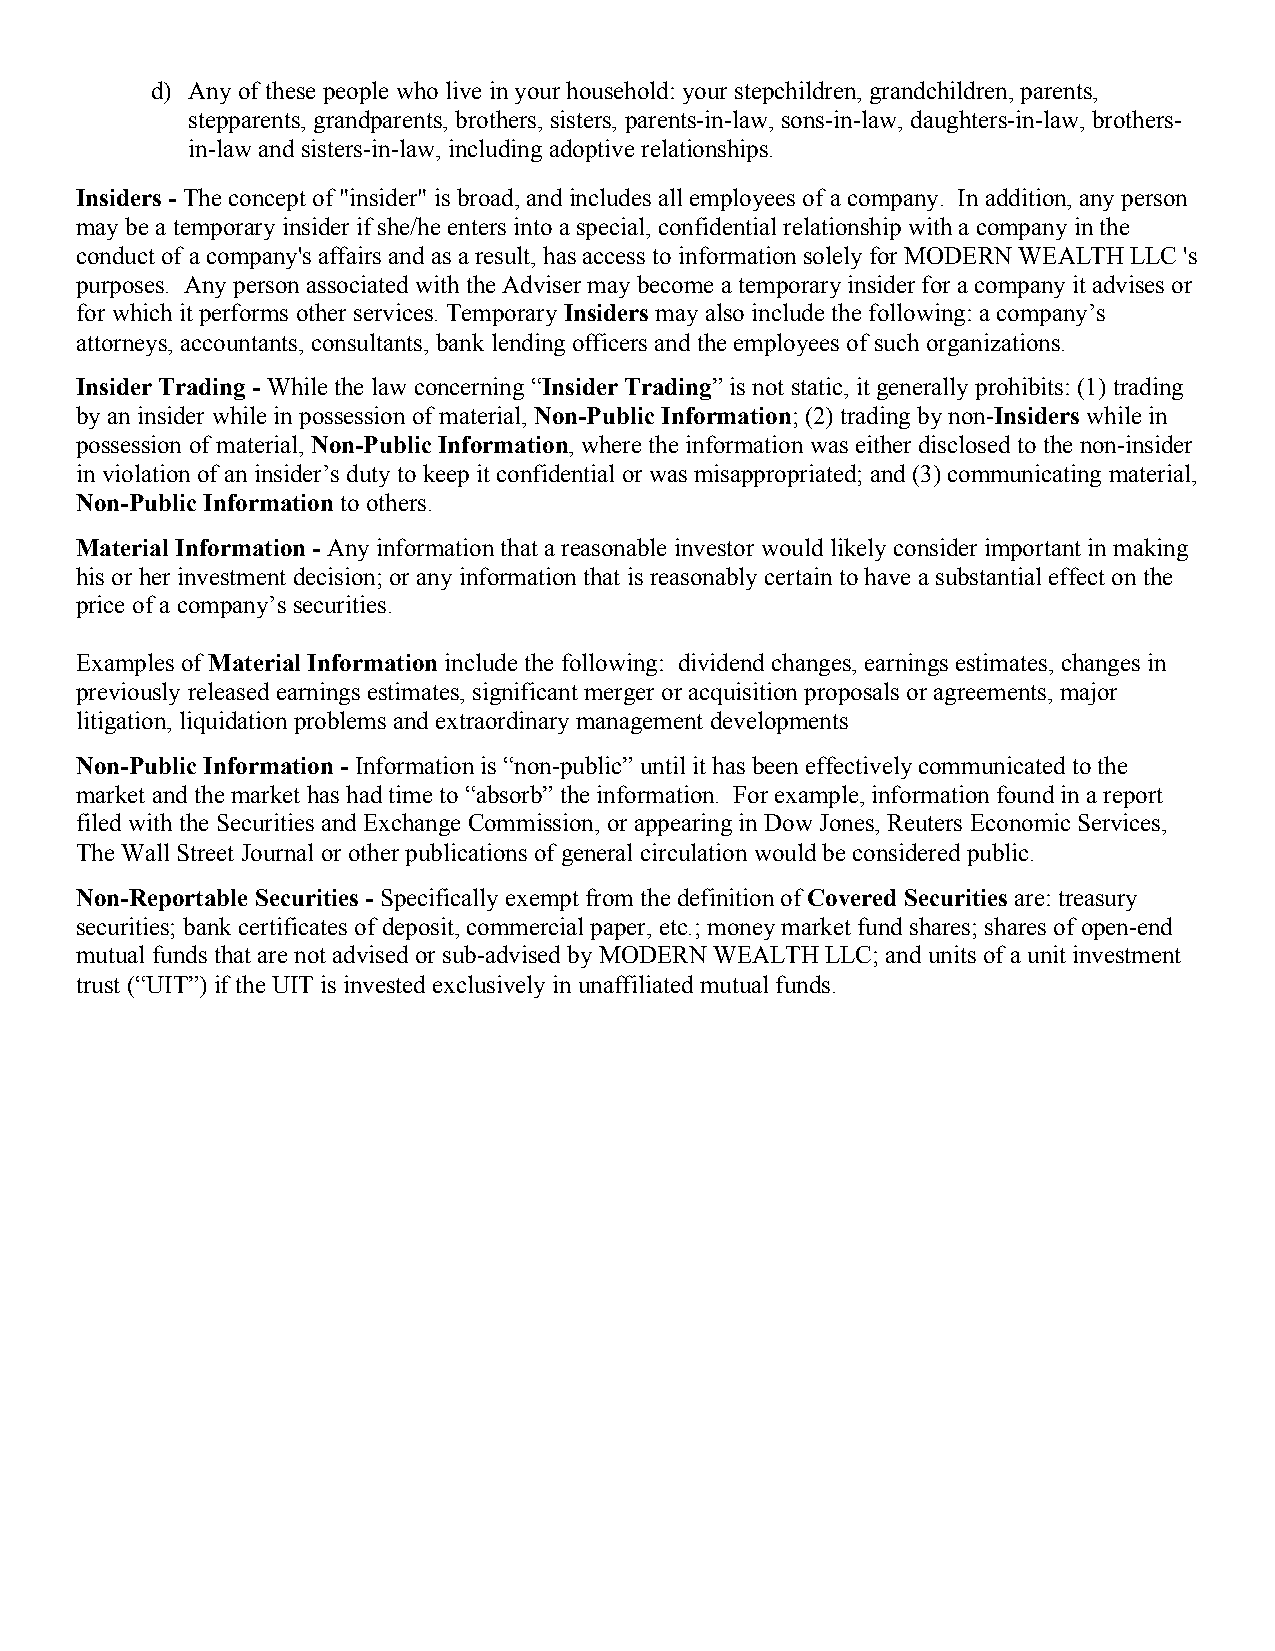
d) Any of these people who live in your household: your stepchildren, grandchildren, parents,
 stepparents, grandparents, brothers, sisters, parents-in-law, sons-in-law, daughters-in-law, brothers-
 in-law and sisters-in-law, including adoptive relationships.
 Insiders - The concept of "insider" is broad, and includes all employees of a company. In addition, any person
 may be a temporary insider if she/he enters into a special, confidential relationship with a company in the
 conduct of a company's affairs and as a result, has access to information solely for MODERN WEALTH LLC 's
 purposes. Any person associated with the Adviser may become a temporary insider for a company it advises or
 for which it performs other services. Temporary Insiders may also include the following: a company’s
 attorneys, accountants, consultants, bank lending officers and the employees of such organizations.
 Insider Trading - While the law concerning “Insider Trading” is not static, it generally prohibits: (1) trading
 by an insider while in possession of material, Non-Public Information; (2) trading by non-Insiders while in
 possession of material, Non-Public Information, where the information was either disclosed to the non-insider
 in violation of an insider’s duty to keep it confidential or was misappropriated; and (3) communicating material,
 Non-Public Information to others.
 Material Information - Any information that a reasonable investor would likely consider important in making
 his or her investment decision; or any information that is reasonably certain to have a substantial effect on the
 price of a company’s securities.
 Examples of Material Information include the following: dividend changes, earnings estimates, changes in
 previously released earnings estimates, significant merger or acquisition proposals or agreements, major
 litigation, liquidation problems and extraordinary management developments
 Non-Public Information - Information is “non-public” until it has been effectively communicated to the
 market and the market has had time to “absorb” the information. For example, information found in a report
 filed with the Securities and Exchange Commission, or appearing in Dow Jones, Reuters Economic Services,
 The Wall Street Journal or other publications of general circulation would be considered public.
 Non-Reportable Securities - Specifically exempt from the definition of Covered Securities are: treasury
 securities; bank certificates of deposit, commercial paper, etc.; money market fund shares; shares of open-end
 mutual funds that are not advised or sub-advised by MODERN WEALTH LLC; and units of a unit investment
 trust (“UIT”) if the UIT is invested exclusively in unaffiliated mutual funds.